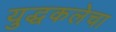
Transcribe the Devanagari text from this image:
युद्धकलेचा